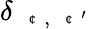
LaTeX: \delta_{\mathrm{~\scriptsize~\textit~{~\textcent~}~},\mathrm{~\scriptsize~\textit~{~\textcent~}~}^{\prime}}